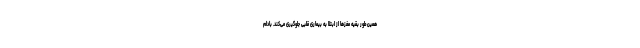
همین‌طور بقیه مغزها از ابتلا به بیماری قلبی جلوگیری می‌کند. بادام